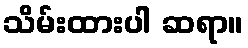
သိမ်းထားပါ ဆရာ။